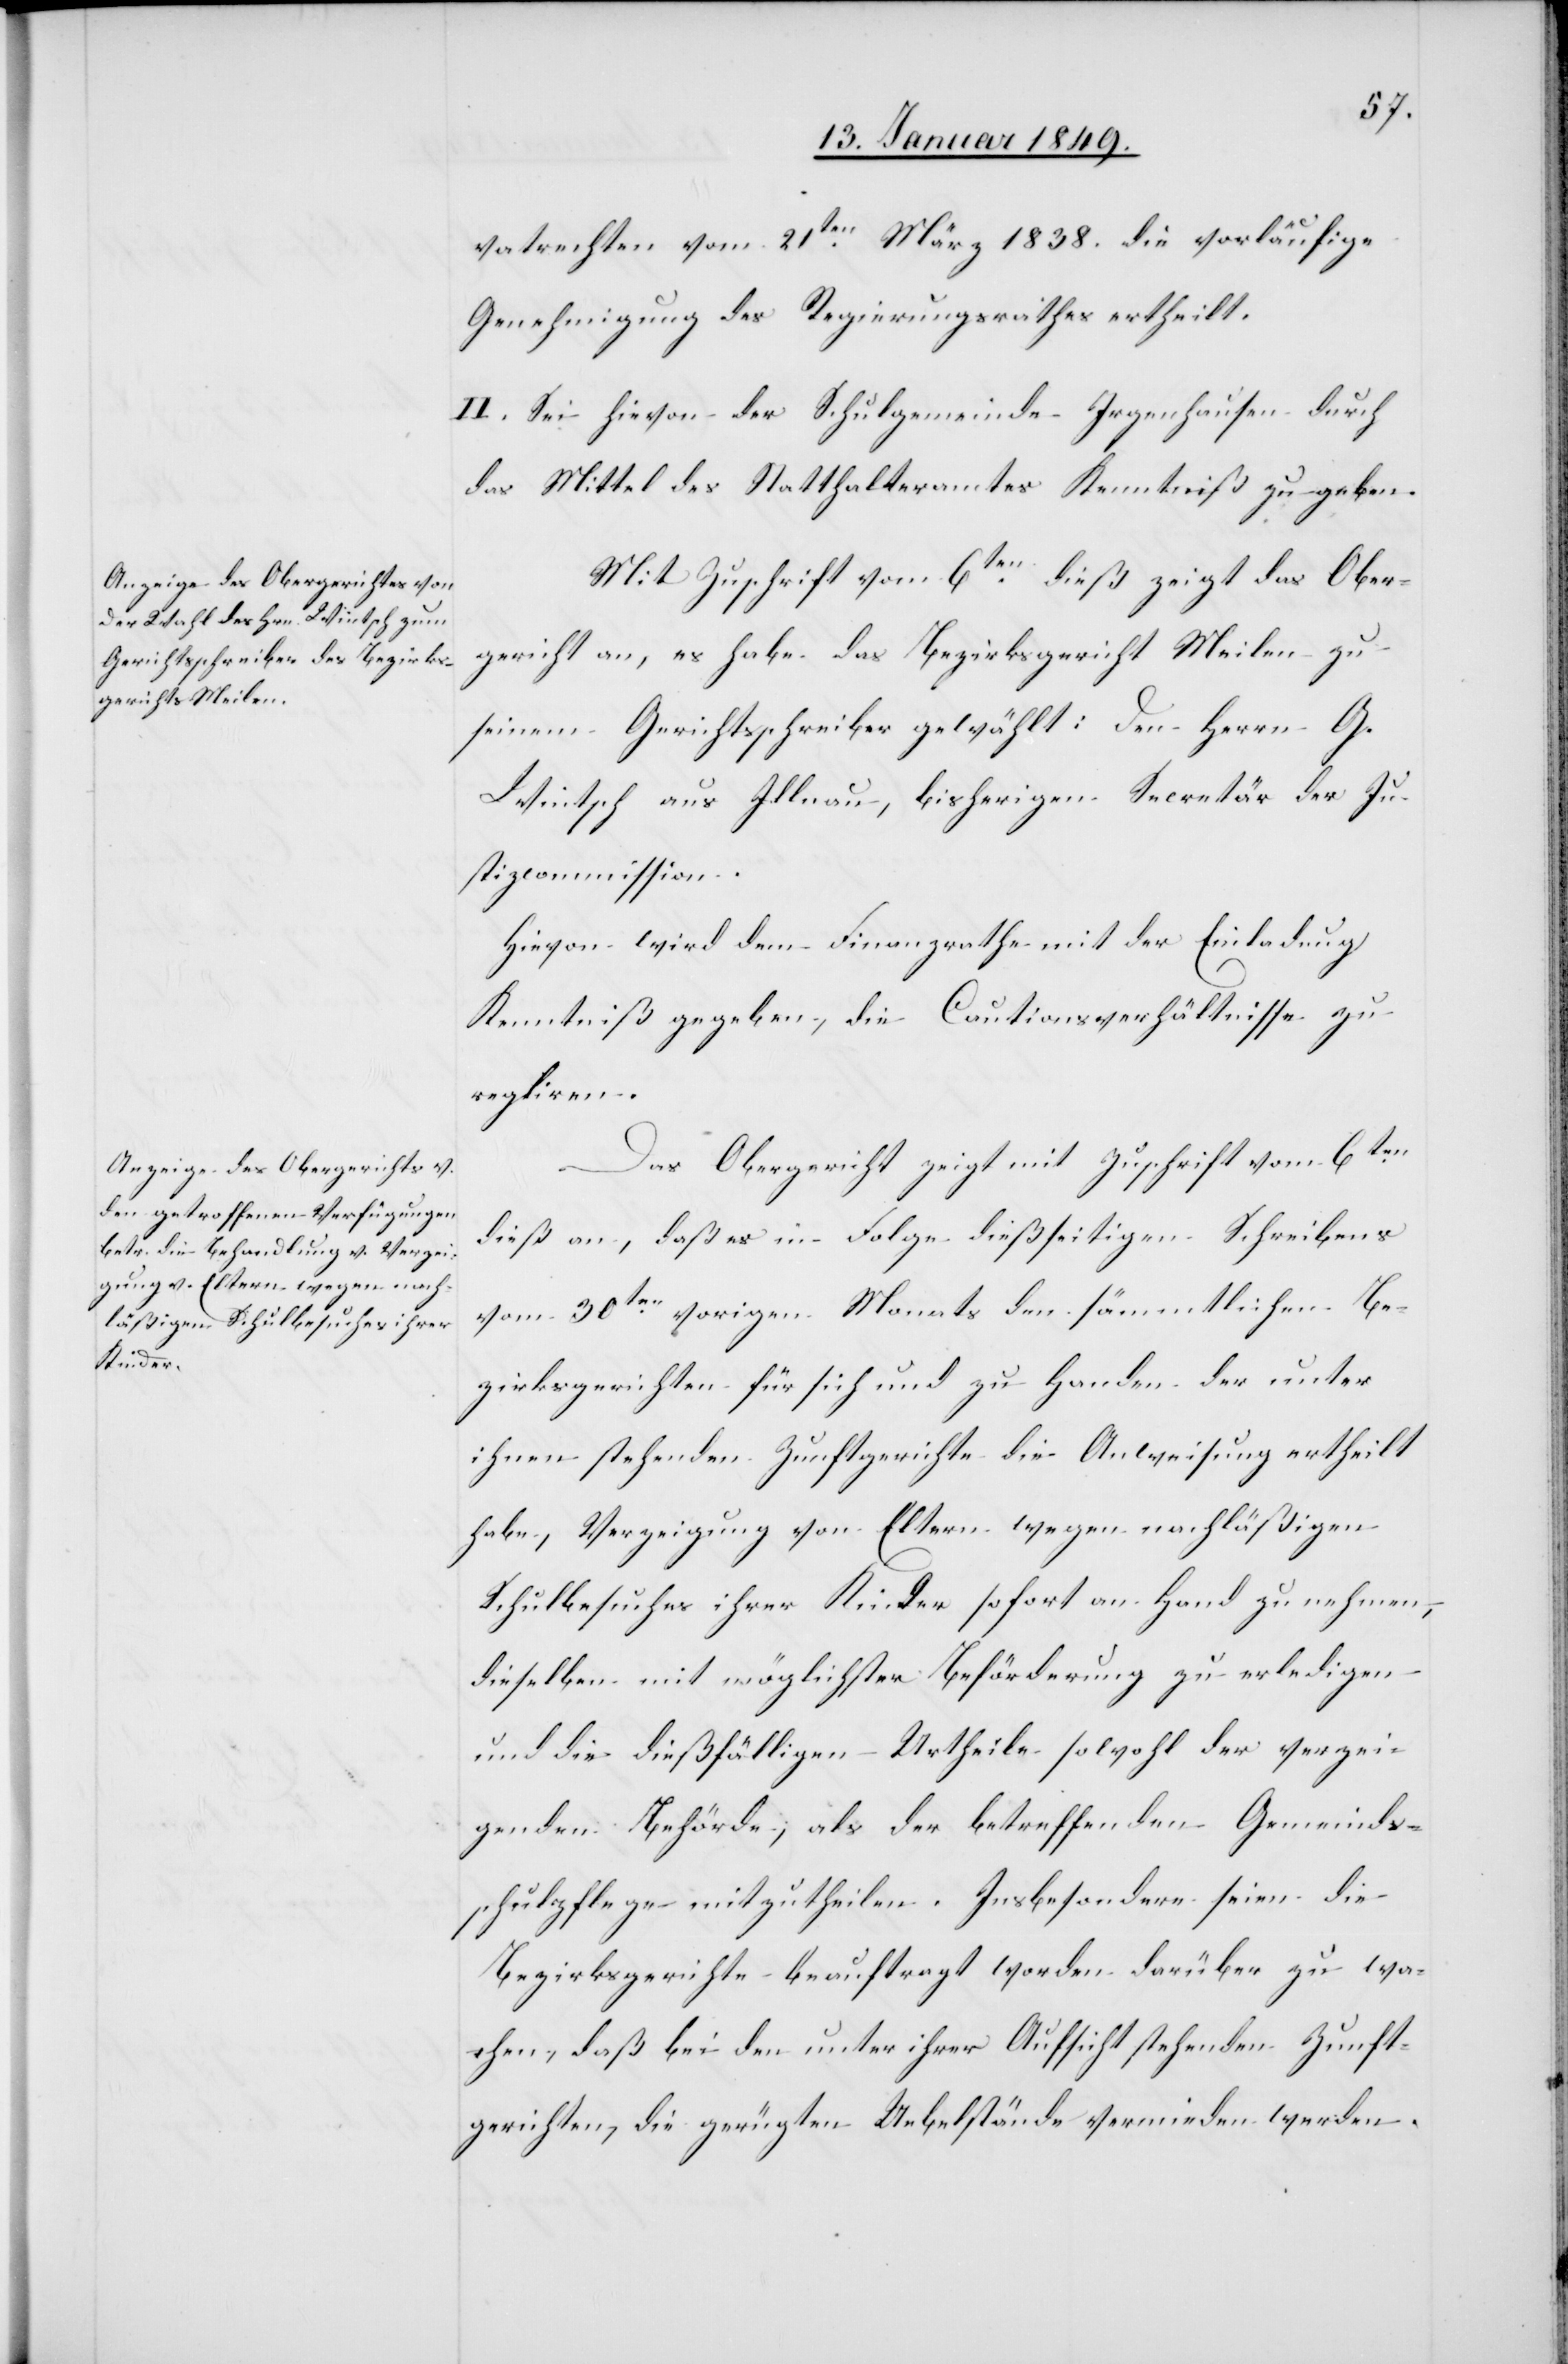
vatrechten vom 21ten. März 1838. die vorläufige
Genehmigung des Regierungsrathes ertheilt.
II. Sei hievon der Schulgemeinde Irgenhausen durch
das Mittel des Statthalteramtes Kenntniß zu geben.
Mit Zuschrift vom 6ten. dieß zeigt das Ober¬
gericht an, es habe das Bezirksgericht Meilen zu
seinem Gerichtsschreiber gewählt: Den Herrn G.
Wintsch aus Illnau, bisherigen Secretär der Ju¬
stizcommission.
Hievon wird dem Finanzrathe mit der Einladung
Kenntniß gegeben, die Cautionsverhältnisse zu
regliren.
Das Obergericht zeigt mit Zuschrift vom 6ten.
dieß an, daß es in Folge dießseitigen Schreibens
vom 30ten. vorigen Monats den sämmtlichen Be¬
zirksgerichten für sich und zu Handen der unter
ihnen stehenden Zunftgerichte die Anweisung ertheilt
habe, Verzeigung von Eltern wegen nachläßigem
Schulbesuches ihrer Kinder sofort an Hand zu nehmen,
dieselben mit möglichster Beförderung zu erledigen
und die dießfälligen Urtheile sowohl der verzei¬
genden Behörde, als der betreffenden Gemeinds¬
schulpflege mitzutheilen. Insbesondere seien die
Bezirksgerichte beauftragt worden darüber zu wa¬
chen, daß bei den unter ihrer Aufsicht stehenden Zunft¬
gerichten, die gerügten Uebelstände vermieden werden.